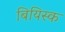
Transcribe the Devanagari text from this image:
बियिस्क